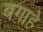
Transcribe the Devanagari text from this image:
बगाहे